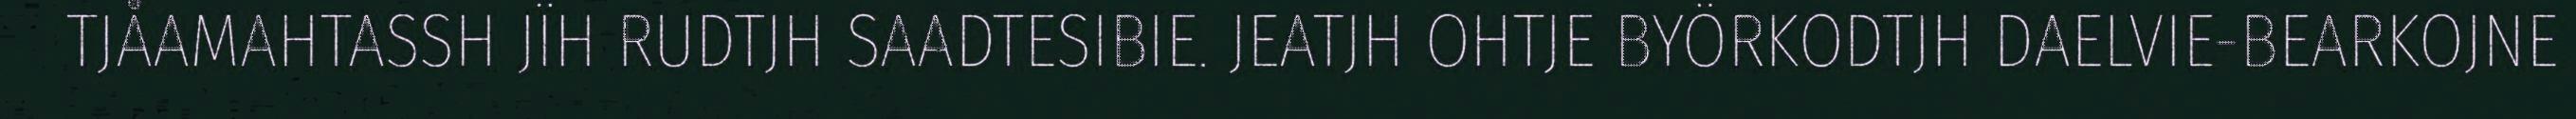
TJÅAMAHTASSH JÏH RUDTJH SAADTESIBIE. JEATJH OHTJE BYÖRKODTJH DAELVIE-BEARKOJNE